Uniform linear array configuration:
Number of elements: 32
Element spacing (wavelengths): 0.25
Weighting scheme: hamming
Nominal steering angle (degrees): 15
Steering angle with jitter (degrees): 15.466
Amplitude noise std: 0.05
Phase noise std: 0.05

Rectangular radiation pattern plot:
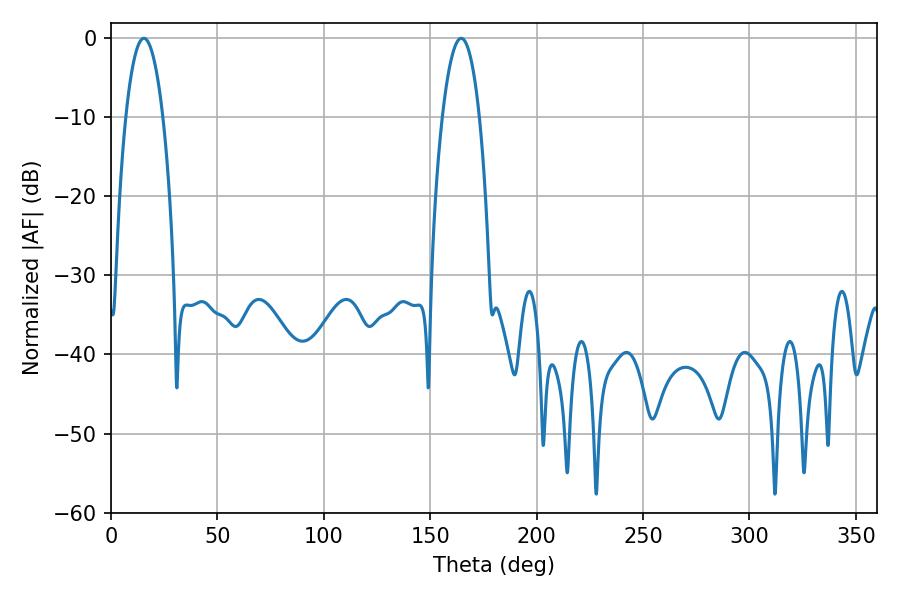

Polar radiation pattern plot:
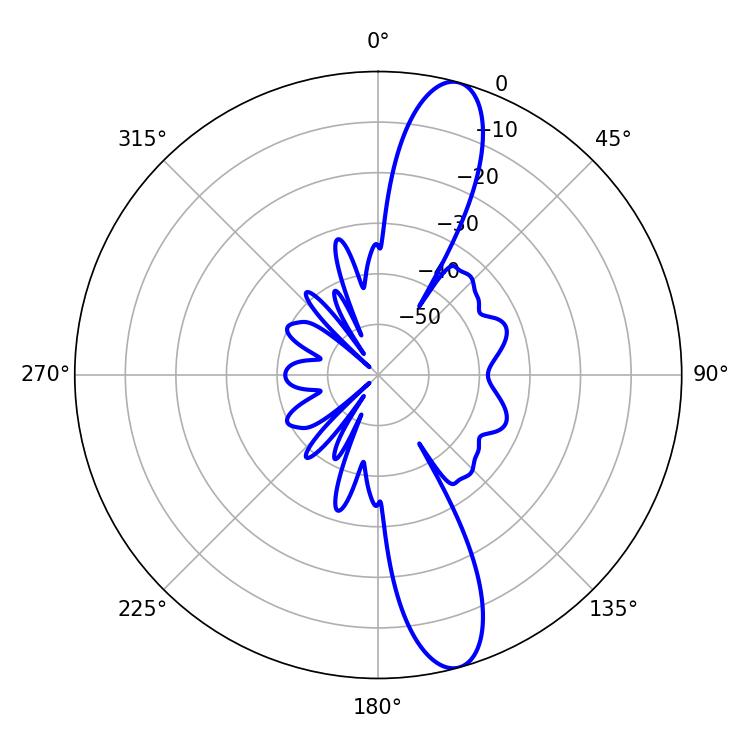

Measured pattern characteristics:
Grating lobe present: FALSE
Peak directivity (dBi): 13.144
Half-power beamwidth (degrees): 9.72
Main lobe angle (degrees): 15.48